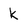
Character: k